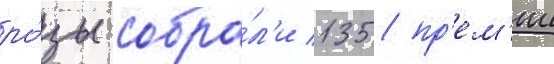
ро́зы собра́л'и 135 пр'ем'ии